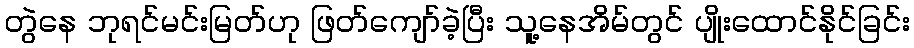
တွဲနေ ဘုရင်မင်းမြတ်ဟု ဖြတ်ကျော်ခဲ့ပြီး သူ့နေအိမ်တွင် ပျိုးထောင်နိုင်ခြင်း